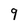
Character: 9